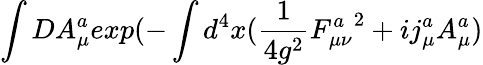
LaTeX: \int DA_{\mu}^{a}exp{(-\int d^{4}x({\frac{1}{4g^{2}}}{F_{\mu\nu}^{a}}^{2}+ij_{\mu}^{a}A_{\mu}^{a})}